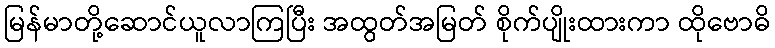
မြန်မာတို့ဆောင်ယူလာကြပြီး အထွတ်အမြတ် စိုက်ပျိုးထားကာ ထိုဗောဓိ